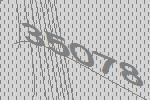
35078